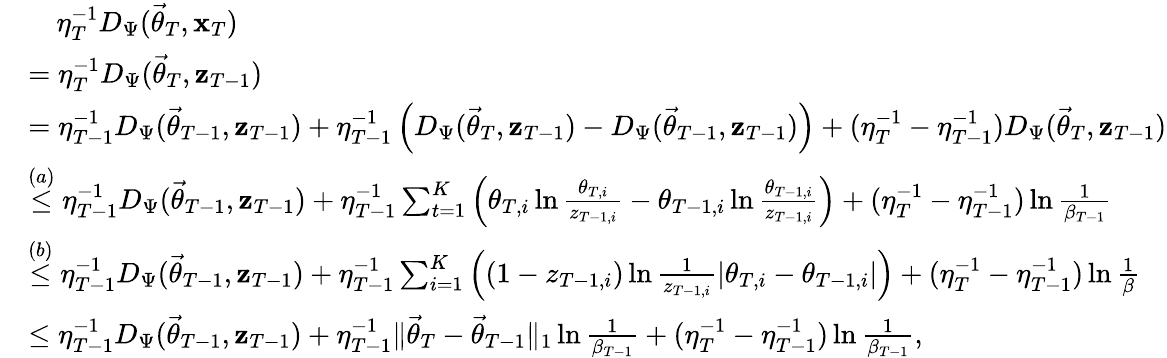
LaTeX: \begin{array}{rl}&{\quad\eta_{T}^{-1}D_{\Psi}(\vec{\theta}_{T},\mathbf x_{T})}\\ &{=\eta_{T}^{-1}D_{\Psi}(\vec{\theta}_{T},\mathbf z_{T-1})}\\ &{=\eta_{T-1}^{-1}D_{\Psi}(\vec{\theta}_{T-1},\mathbf z_{T-1})+\eta_{T-1}^{-1}\left(D_{\Psi}(\vec{\theta}_{T},\mathbf z_{T-1})-D_{\Psi}(\vec{\theta}_{T-1},\mathbf z_{T-1})\right)+(\eta_{T}^{-1}-\eta_{T-1}^{-1})D_{\Psi}(\vec{\theta}_{T},\mathbf z_{T-1})}\\ &{\stackrel{(a)}\le\eta_{T-1}^{-1}D_{\Psi}(\vec{\theta}_{T-1},\mathbf z_{T-1})+\eta_{T-1}^{-1}\sum_{t=1}^{K}\left(\theta_{T,i}\ln\frac{\theta_{T,i}}{z_{T-1,i}}-\theta_{T-1,i}\ln\frac{\theta_{T-1,i}}{z_{T-1,i}}\right)+(\eta_{T}^{-1}-\eta_{T-1}^{-1})\ln\frac 1{\beta_{T-1}}}\\ &{\stackrel{(b)}\le\eta_{T-1}^{-1}D_{\Psi}(\vec{\theta}_{T-1},\mathbf z_{T-1})+\eta_{T-1}^{-1}\sum_{i=1}^{K}\left((1-z_{T-1,i})\ln\frac 1{z_{T-1,i}}\lvert\theta_{T,i}-\theta_{T-1,i}\rvert\right)+(\eta_{T}^{-1}-\eta_{T-1}^{-1})\ln\frac 1\beta}\\ &{\le\eta_{T-1}^{-1}D_{\Psi}(\vec{\theta}_{T-1},\mathbf z_{T-1})+\eta_{T-1}^{-1}\lVert\vec{\theta}_{T}-\vec{\theta}_{T-1}\rVert_{1}\ln\frac 1{\beta_{T-1}}+(\eta_{T}^{-1}-\eta_{T-1}^{-1})\ln\frac 1{\beta_{T-1}},}\end{array}